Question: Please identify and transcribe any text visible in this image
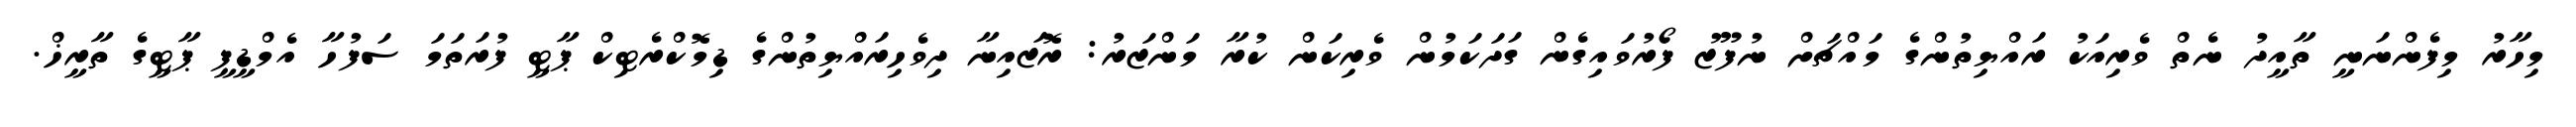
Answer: މިހާރު މިފެންނަނީ ތާއީދު ނެތް ވެރިއަކު ރައްޔިތުންގެ މައްޗަށް ނުފޫޒު ފޯރުވައިގެން ގަދަކަމުން ވެރިކަން ކުރާ މަންޒަރު: ރޮޒައިނާ ދިވެހިރައްޔިތުންގެ ޑިމޮކްރެޓިކް ޕާޓީ ފުރަތަމަ ސަފުހާ އެމްޑީޕީ ޕާޓީގެ ތާރީޚް.